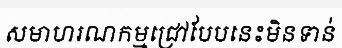
សមាហរណកម្មជ្រៅបែបនេះមិនទាន់